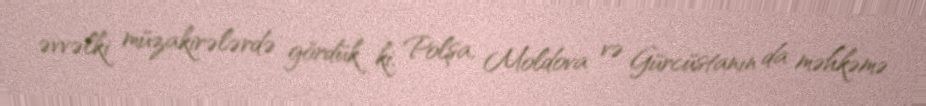
əvvəlki müzakirələrdə gördük ki, Polşa, Moldova və Gürcüstanın da məhkəmə